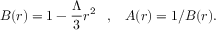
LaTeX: B ( r ) = 1 - { \frac { \Lambda } { 3 } } r ^ { 2 } \; \; \; , \; \; \; A ( r ) = 1 / B ( r ) .